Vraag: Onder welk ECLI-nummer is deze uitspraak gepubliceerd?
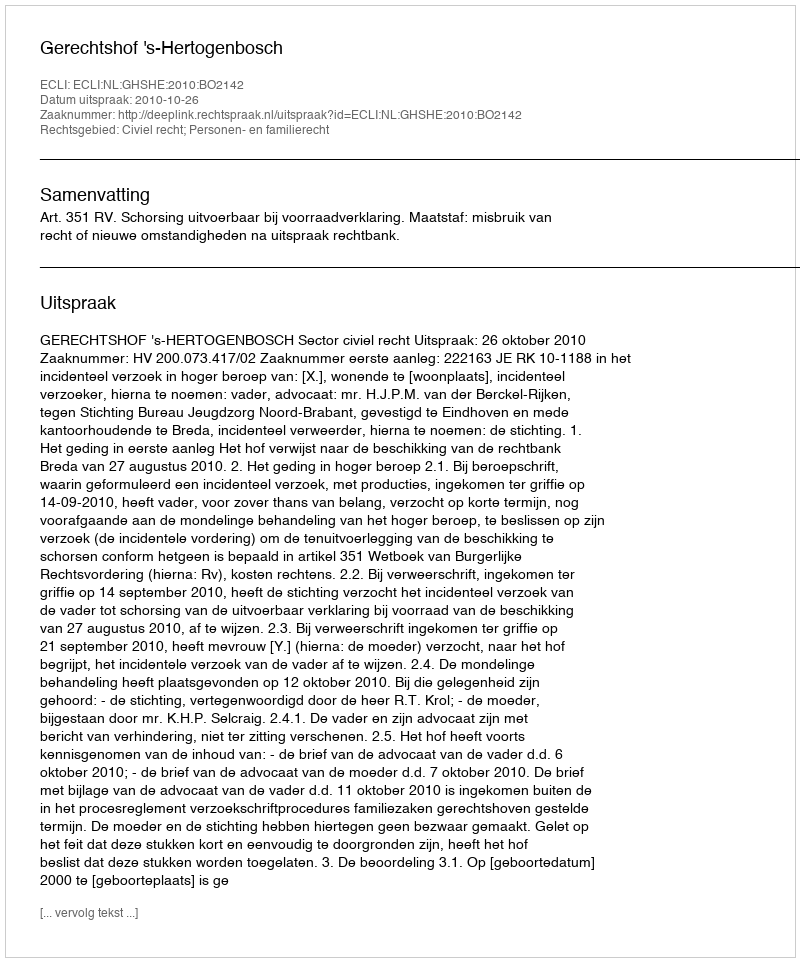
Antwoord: ECLI:NL:GHSHE:2010:BO2142